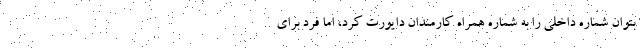
بتوان شماره داخلی را به شماره همراه کارمندان دایورت کرد، اما فرد برای